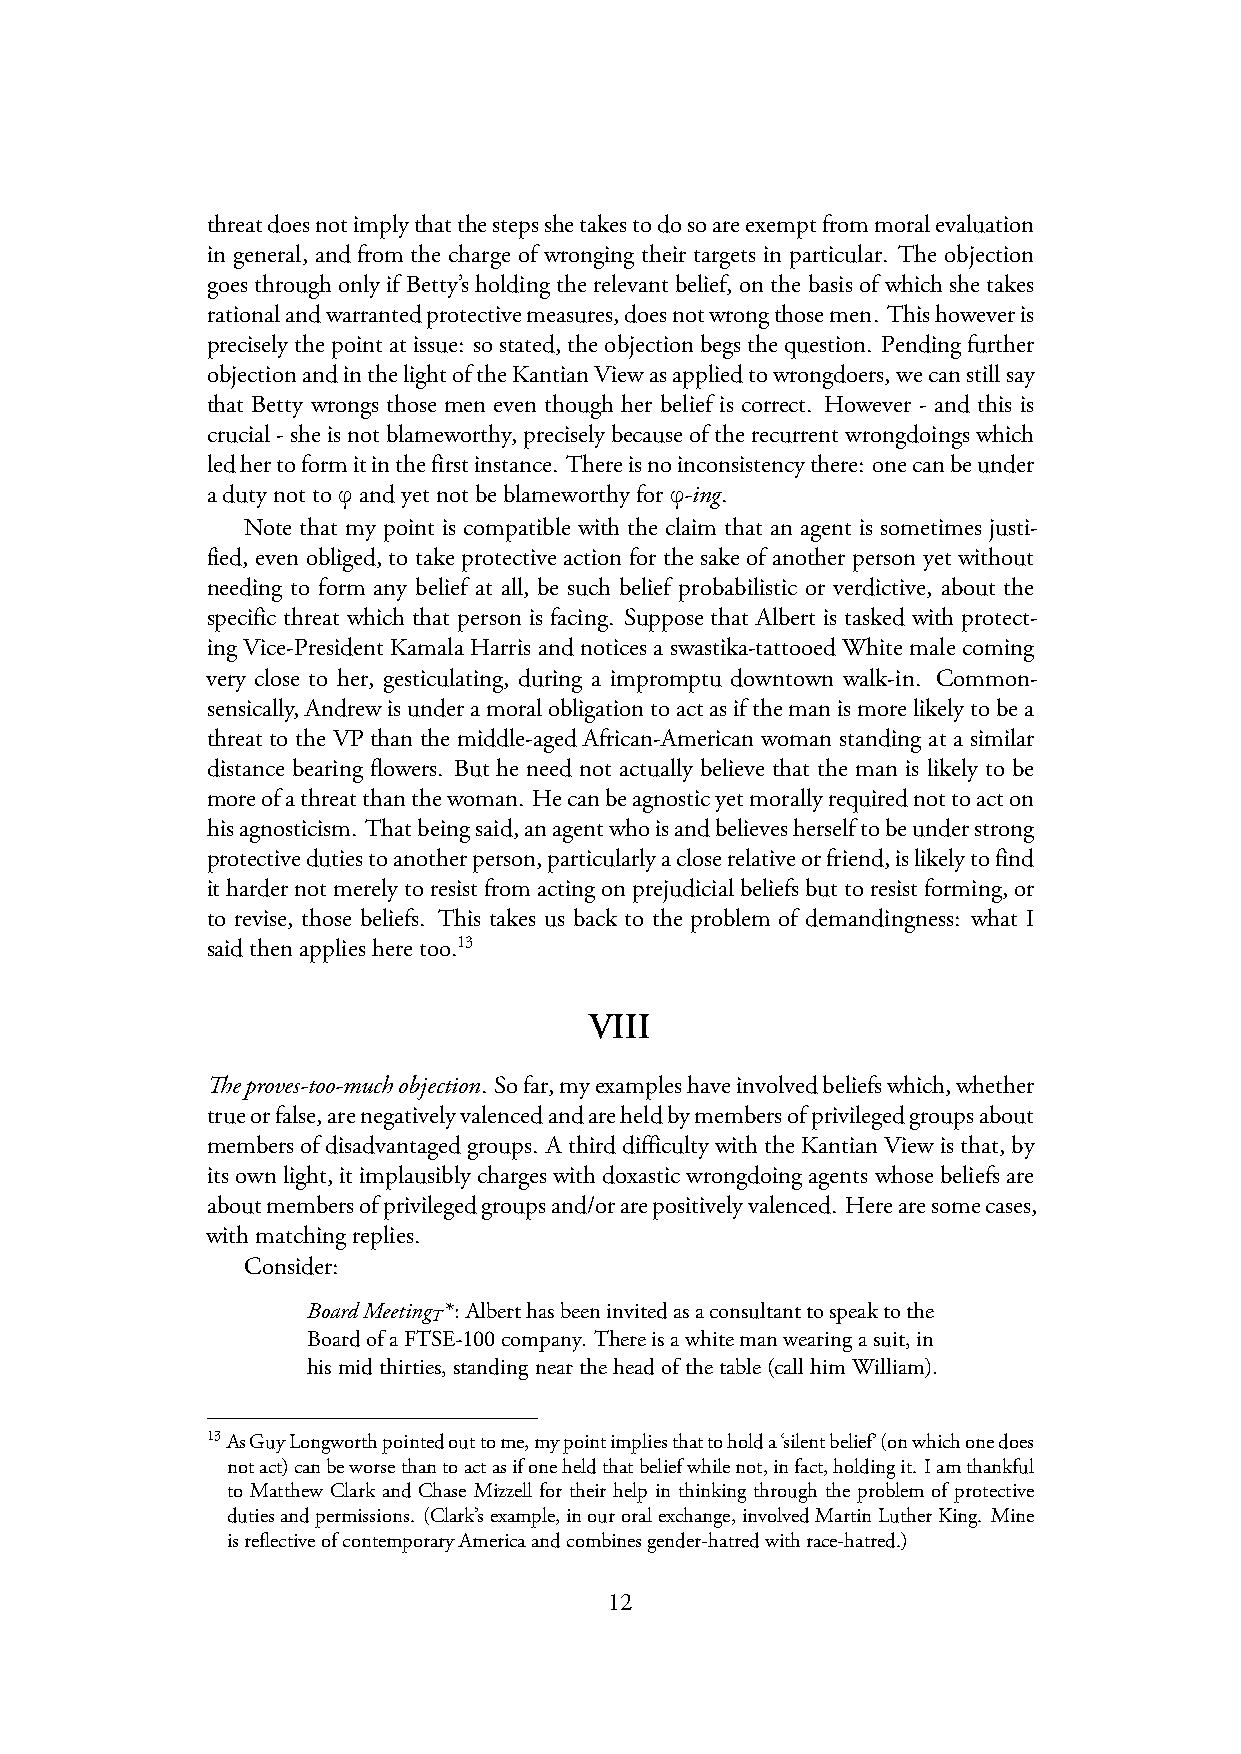
threatdoesnotimplythatthestepsshetakestodosoareexemptfrommoralevaluation
 in general, and from the charge of wronging their targets in particular. The objection
 goes through only if Betty’s holding the relevant belief, on the basis of which she takes
 rationalandwarrantedprotectivemeasures,doesnotwrongthosemen. Thishoweveris
 preciselythepointatissue: sostated,theobjectionbegsthequestion. Pendingfurther
 objectionandinthelightoftheKantianViewasappliedtowrongdoers,wecanstillsay
 that Betty wrongs those men even though her belief is correct. However - and this is
 crucial-sheisnotblameworthy,preciselybecauseoftherecurrentwrongdoingswhich
 ledhertoformitinthefirstinstance. Thereisnoinconsistencythere: onecanbeunder
 ϕ                     ϕ
 adutynotto andyetnotbeblameworthyfor -ing.
 Note that my point is compatible with the claim that an agent is sometimes justi-
 fied, even obliged, to take protective action for the sake of another person yet without
 needing to form any belief at all, be such belief probabilistic or verdictive, about the
 specific threat which that person is facing. Suppose that Albert is tasked with protect-
 ing Vice-President Kamala Harris and notices a swastika-tattooed White male coming
 very close to her, gesticulating, during a impromptu downtown walk-in. Common-
 sensically,Andrewisunderamoralobligationtoactasifthemanismorelikelytobea
 threat to the VP than the middle-aged African-American woman standing at a similar
 distance bearing flowers. But he need not actually believe that the man is likely to be
 moreofathreatthanthewoman. Hecanbeagnosticyetmorallyrequirednottoacton
 hisagnosticism. Thatbeingsaid,anagentwhoisandbelievesherselftobeunderstrong
 protectivedutiestoanotherperson,particularlyacloserelativeorfriend,islikelytofind
 ithardernotmerelytoresistfromactingonprejudicialbeliefsbuttoresistforming,or
 to revise, those beliefs. This takes us back to the problem of demandingness: what I
 saidthenappliesheretoo.13
 VIII
 Theproves-too-muchobjection. Sofar,myexampleshaveinvolvedbeliefswhich,whether
 trueorfalse,arenegativelyvalencedandareheldbymembersofprivilegedgroupsabout
 membersofdisadvantagedgroups. AthirddifficultywiththeKantianViewisthat,by
 itsownlight,itimplausiblychargeswithdoxasticwrongdoingagentswhosebeliefsare
 aboutmembersofprivilegedgroupsand/orarepositivelyvalenced. Herearesomecases,
 withmatchingreplies.
 Consider:
 BoardMeeting *: Alberthasbeeninvitedasaconsultanttospeaktothe
 T
 BoardofaFTSE-100company. Thereisawhitemanwearingasuit,in
 his mid thirties, standing near the head of the table (call him William).
 13AsGuyLongworthpointedouttome,mypointimpliesthattoholda‘silentbelief’(onwhichonedoes
 notact)canbeworsethantoactasifoneheldthatbeliefwhilenot,infact,holdingit. Iamthankful
 to Matthew Clark and Chase Mizzell for their help in thinking through the problem of protective
 dutiesandpermissions. (Clark’sexample,inouroralexchange,involvedMartinLutherKing. Mine
 isreflectiveofcontemporaryAmericaandcombinesgender-hatredwithrace-hatred.)
 12